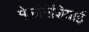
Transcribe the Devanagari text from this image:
मेलोनेशियाई